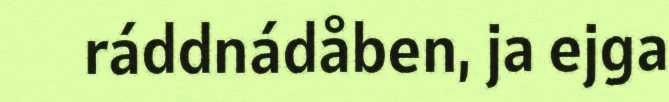
ráddnádåben, ja ejga